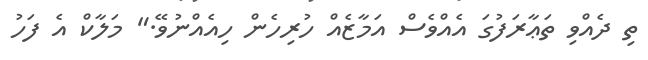
ތި ދެއްވި ތަޢާރަފުގަ އެއްވެސް އަމާޒެއް ހުރިހެން ހިއެއްނުވޭ." މަލާކް އެ ފަހު